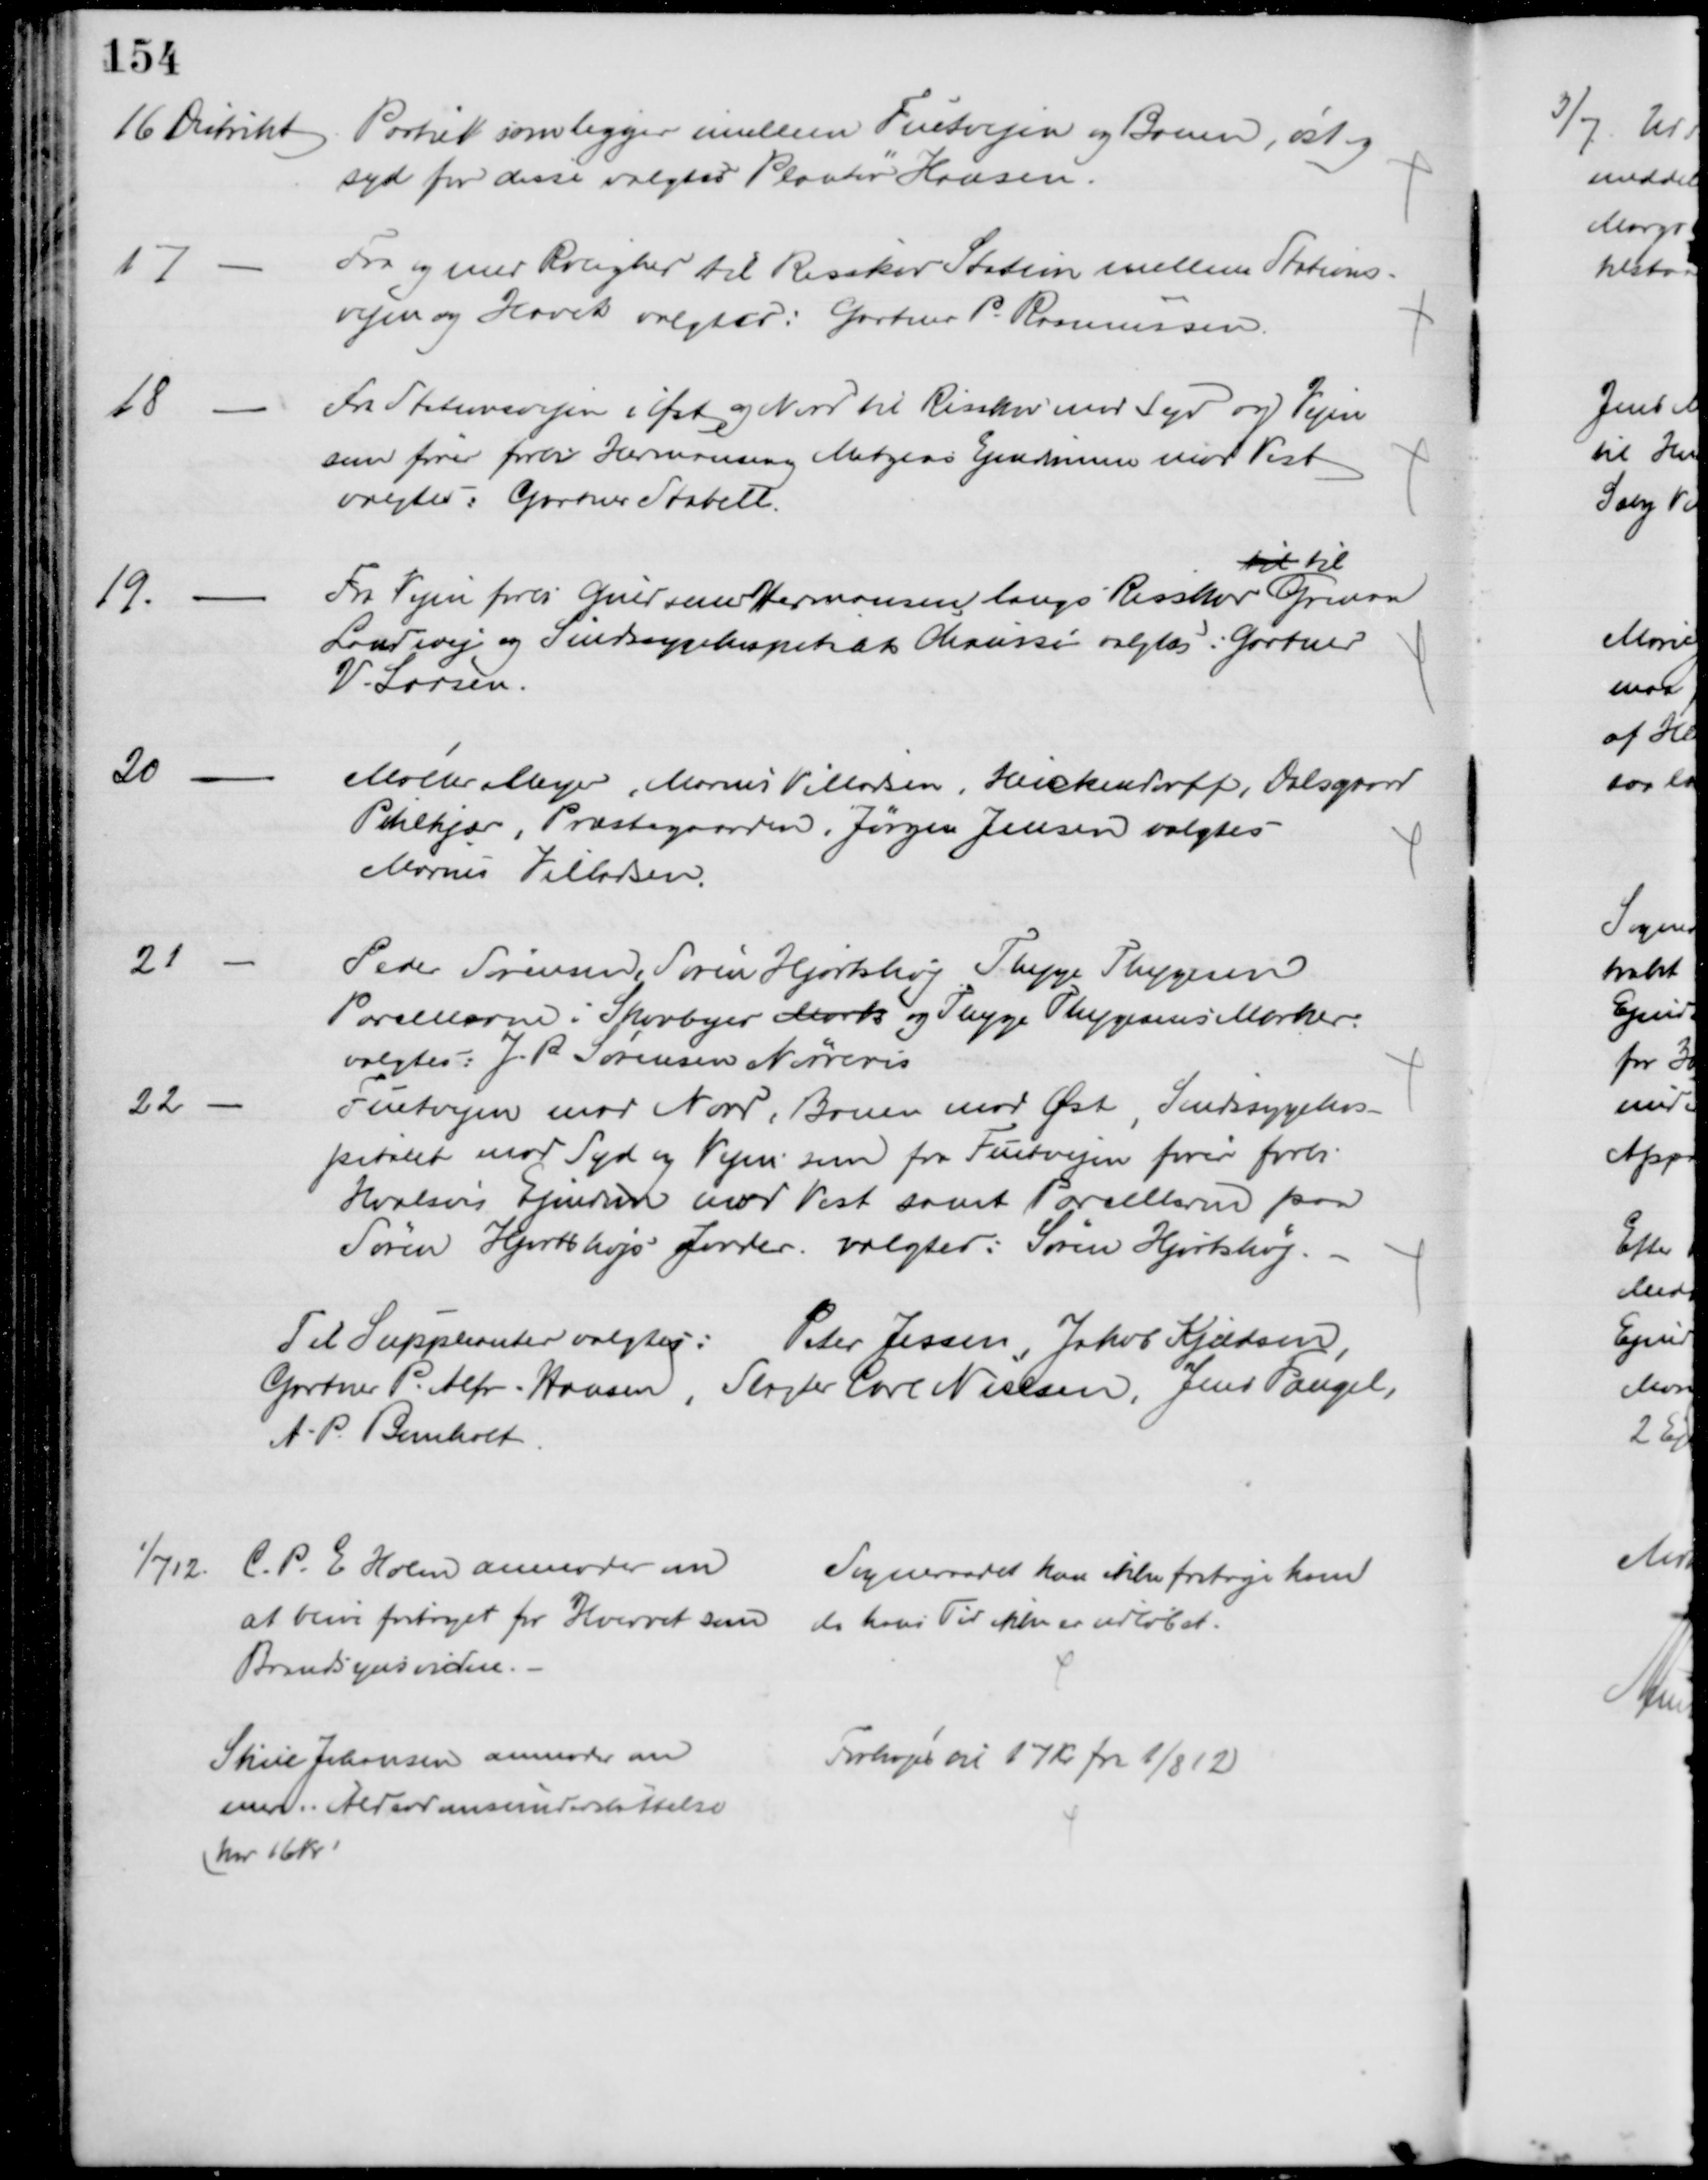
Transskription:
16 Distrikt Partiet som ligger imellem Fuetvejen og Banen, øst og
syd for disse valgtes Plantør Hansen.
17
Fra og med Rolighed til Risskov Station mellem Stations-
vejen og Havet valgtes: Gartner P. Rasmussen.
18
Fra Stationsvejen i Øst og Nord til Risskov mod Syd og Vejen
som fører forbi Hermansen og Matzens Ejendomme mod Vest
valgtes: Gartner Stabell.
19.
Fra Vejen forbi Guldsmed Hermansen langs Risskov 
til til
Grenaa
Landevej og Sindssygehospitalets Chaussé valgtes: Gartner
V. Larsen.
20
Møller Meyer, Marius Villadsen, Heickendorff, Dalsgaard
Pihlkjær, Præstegaarden, Jørgen Jensen valgtes
Marius Villadsen.
21
Peder Sørensen, Søren Hjortshøj Thyge Thygesen
Parcellerne i Skovbyes Mark og Thyge Thygesens Marker.
valgtes: J. P. Sørensen Nørreris
22
Fuetvejen mod Nord, Banen mod Øst, Sindssygehos=
pitalet mod Syd og Vejen som fra Fuetvejen fører forbi
Hvalsøs Ejendom mod Vest samt Parcellerne paa
Søren Hjortshøjs Jorder. valgtes: Søren Hjortshøj.
Til Suppleanter valgtes: Peter Jessen, Jakob Kjeldsen,
Gartner P. Alfr. Hansen, Slagter Carl Nielsen, Jens Fangel,
A. P. Bomholt
1/7 12.
C. P. E. Holm anmoder om
at blive fritaget for Hvervet som
Brandsynsvidne.
Sogneraadet kan ikke fritage ham
da hans Tid ikke er udløbet.
Stine Johansen anmoder om
mere i Alderdomsunderstøttelse
(har 16 Kr)
Forhøjes til 17 kr fra 1/8 12